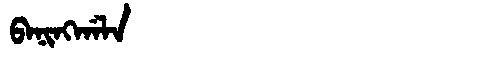
Manchu: ᠪᠠᠨᡳᠩᡤᠠᠯᠠ
Romanization: BANINGGALA